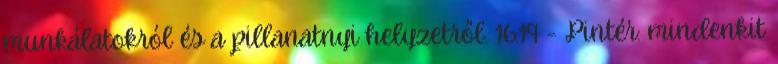
munkálatokról és a pillanatnyi helyzetről. 16:19 - Pintér: mindenkit